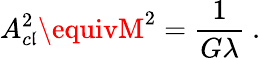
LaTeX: A_{c\mathfrak{l}}^{2}\equivM^{2}=\frac{{1}}{{G\lambda}}\ .